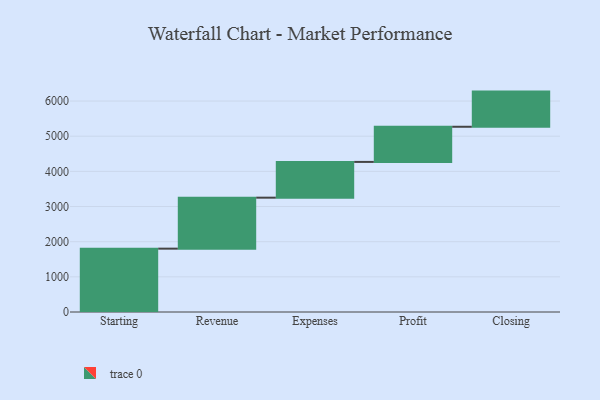
{"axis": {"x": "Step", "y": "Value"}, "legend": [""], "data": [{"x": "Starting", "y": 1802.0, "type": ""}, {"x": "Revenue", "y": 1450.0, "type": ""}, {"x": "Expenses", "y": 1017.0, "type": ""}, {"x": "Profit", "y": 1000, "type": ""}, {"x": "Closing", "y": 1000, "type": ""}]}